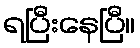
ရပြီးနေပြီ။